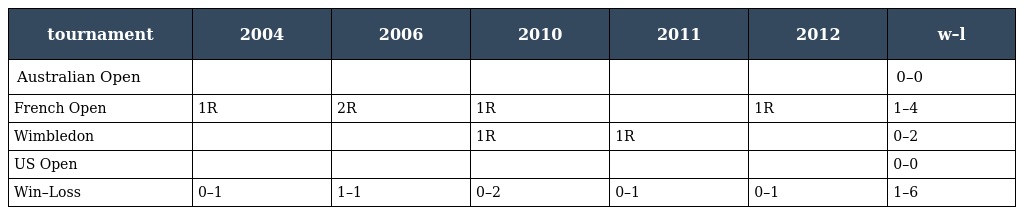
| tournament | 2004 | 2006 | 2010 | 2011 | 2012 | w–l |
 | --- | --- | --- | --- | --- | --- | --- |
 | Australian Open |  |  |  |  |  | 0–0 |
 | French Open | 1R | 2R | 1R |  | 1R | 1–4 |
 | Wimbledon |  |  | 1R | 1R |  | 0–2 |
 | US Open |  |  |  |  |  | 0–0 |
 | Win–Loss | 0–1 | 1–1 | 0–2 | 0–1 | 0–1 | 1–6 |